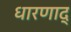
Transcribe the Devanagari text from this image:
धारणाद्